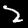
Digit: 2